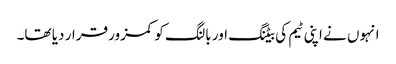
انہوں نے اپنی ٹیم کی بیٹنگ اور بالنگ کو کمزور قرار دیا تھا۔